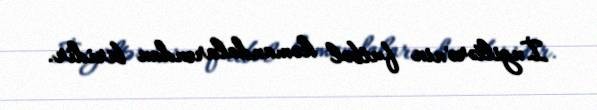
İngiltərə'nin futbol komandalarından biridir.